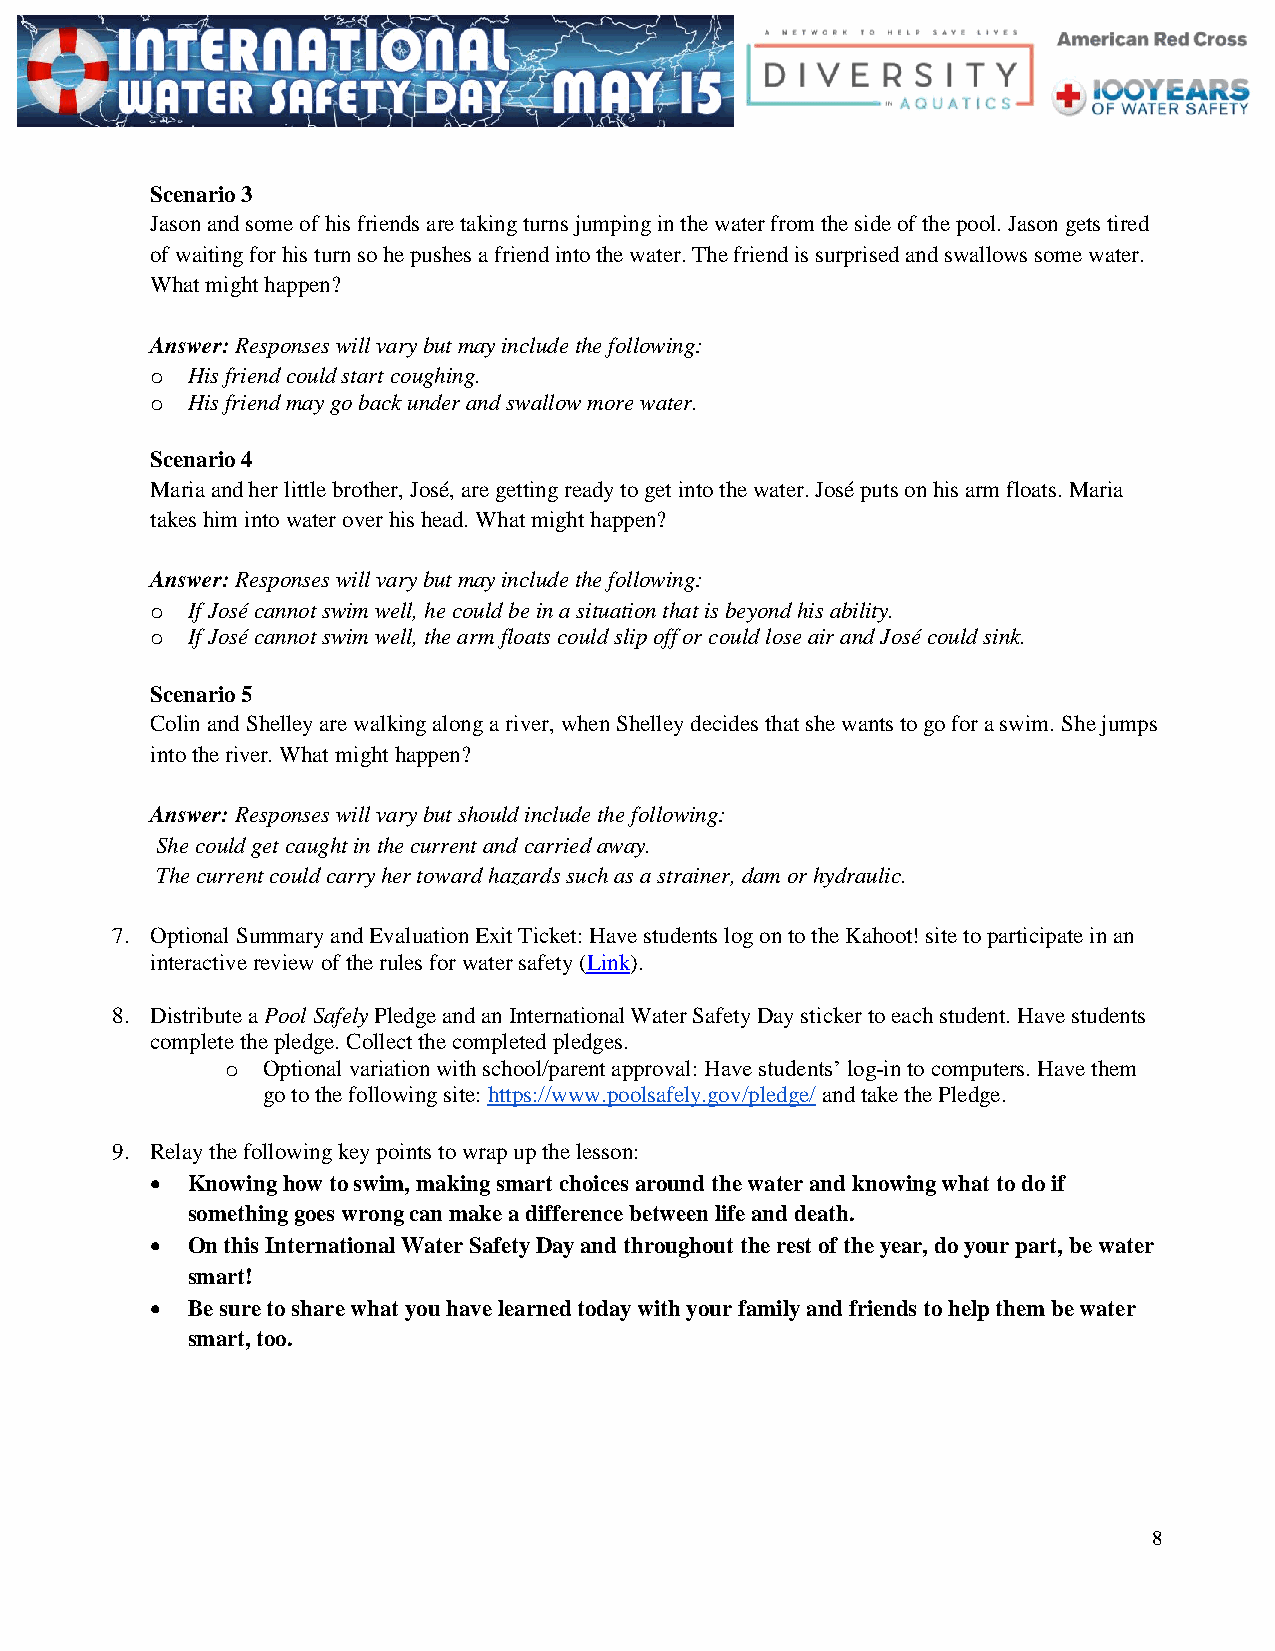
Scenario 3
 Jason and some of his friends are taking turns jumping in the water from the side of the pool. Jason gets tired
 of waiting for his turn so he pushes a friend into the water. The friend is surprised and swallows some water.
 What might happen?
 Answer: Responses will vary but may include the following:
 o His friend could start coughing.
 o His friend may go back under and swallow more water.
 Scenario 4
 Maria and her little brother, José, are getting ready to get into the water. José puts on his arm floats. Maria
 takes him into water over his head. What might happen?
 Answer: Responses will vary but may include the following:
 o If José cannot swim well, he could be in a situation that is beyond his ability.
 o If José cannot swim well, the arm floats could slip off or could lose air and José could sink.
 Scenario 5
 Colin and Shelley are walking along a river, when Shelley decides that she wants to go for a swim. She jumps
 into the river. What might happen?
 Answer: Responses will vary but should include the following:
 She could get caught in the current and carried away.
 The current could carry her toward hazards such as a strainer, dam or hydraulic.
 7. Optional Summary and Evaluation Exit Ticket: Have students log on to the Kahoot! site to participate in an
 interactive review of the rules for water safety (Link).
 8. Distribute a Pool Safely Pledge and an International Water Safety Day sticker to each student. Have students
 complete the pledge. Collect the completed pledges.
 o Optional variation with school/parent approval: Have students’ log-in to computers. Have them
 go to the following site: https://www.poolsafely.gov/pledge/ and take the Pledge.
 9. Relay the following key points to wrap up the lesson:
  Knowing how to swim, making smart choices around the water and knowing what to do if
 something goes wrong can make a difference between life and death.
  On this International Water Safety Day and throughout the rest of the year, do your part, be water
 smart!
  Be sure to share what you have learned today with your family and friends to help them be water
 smart, too.
 8